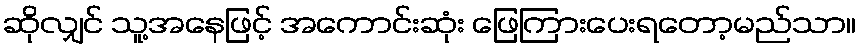
ဆိုလျှင် သူ့အနေဖြင့် အကောင်းဆုံး ဖြေကြားပေးရတော့မည်သာ။